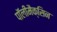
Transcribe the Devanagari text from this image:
पॉलीमैक्सिन